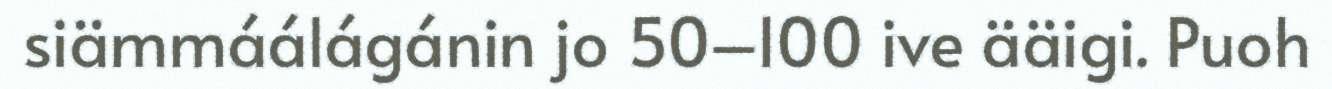
siämmáálágánin jo 50–100 ive ääigi. Puoh